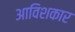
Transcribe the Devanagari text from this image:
आविशकार